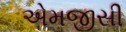
એમજીસી